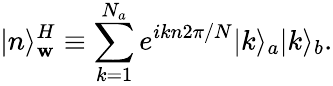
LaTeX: |n\rangle_{\mathbf{w}}^{H}\equiv\sum_{k=1}^{N_{a}}e^{ikn2\pi/N}|k\rangle_{a}|k\rangle_{b}.